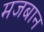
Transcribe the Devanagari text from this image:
मजबान